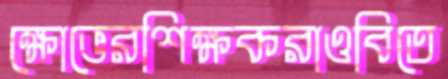
ক্ষোভেরশিক্ষকরাওবিতে